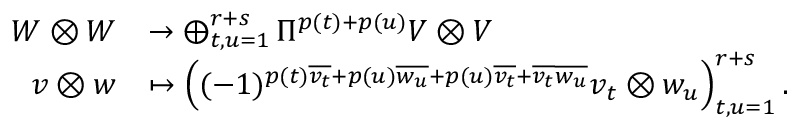
\begin{array} { r l } { W \otimes W } & { \to \bigoplus _ { t , u = 1 } ^ { r + s } \Pi ^ { p ( t ) + p ( u ) } V \otimes V } \\ { v \otimes w } & { \mapsto \left( ( - 1 ) ^ { p ( t ) \overline { { v _ { t } } } + p ( u ) \overline { { w _ { u } } } + p ( u ) \overline { { v _ { t } } } + \overline { { v _ { t } } } \overline { { w _ { u } } } } v _ { t } \otimes w _ { u } \right) _ { t , u = 1 } ^ { r + s } . } \end{array}